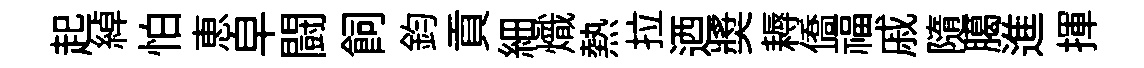
起綽怕恵皁闘飼鈞貢細熾熱拉迺奬耨僑福戚隨臈進揮